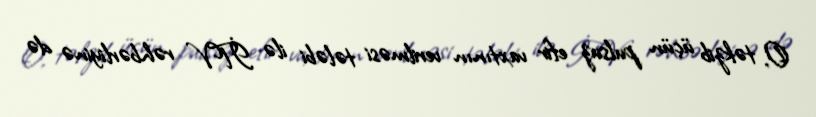
O, təkzib üçün pulsuz efir vaxtının verilməsi tələbi ilə İTV rəhbərliyinə də